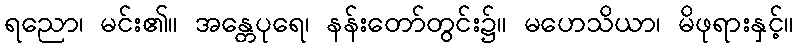
ရညော၊ မင်း၏။ အန္တေပုရေ၊ နန်းတော်တွင်း၌။ မဟေသိယာ၊ မိဖုရားနှင့်။